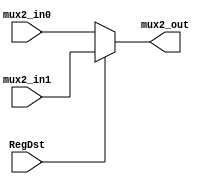
`timescale 1ns / 1ps
//////////////////////////////////////////////////////////////////////////////////
// Company: 
// Engineer: 
// 
// Design Name: 
// Module Name: Mux2_5bits
// Project Name: 
// Target Devices: 
// Tool Versions: 
// Description: 
// 
// Dependencies: 
// 
// Revision:
// Revision 0.01 - File Created
// Additional Comments:
// 
//////////////////////////////////////////////////////////////////////////////////


module Mux2_5bits(
    input [4:0]mux2_in0,mux2_in1,
    output [4:0]mux2_out,
    input RegDst
    );
    assign mux2_out = (RegDst == 1) ? mux2_in1 : mux2_in0;
endmodule